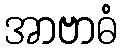
အာဗာဓံ